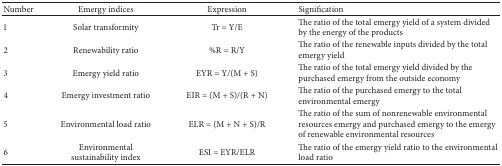
| Number | Emergy indices | Expression | Signification |
 | --- | --- | --- | --- |
 | 1 | Solar transformity | Tr = Y/E | The ratio of the total emergy yield of a system divided by the energy of the products |
 | 2 | Renewability ratio | %R = R/Y | The ratio of the renewable inputs divided by the total emergy yield |
 | 3 | Emergy yield ratio | EYR = Y/(M + S) | The ratio of the total emergy yield divided by the purchased emergy from the outside economy |
 | 4 | Emergy investment ratio | EIR = (M + S)/(R + N) | The ratio of the purchased emergy to the total environmental emergy |
 | 5 | Environmental load ratio | ELR = (M + N + S)/R | The ratio of the sum of nonrenewable environmental resources emergy and purchased emergy to the emergy of renewable environmental resources |
 | 6 | Environmental sustainability index | ESI = EYR/ELR | The ratio of the emergy yield ratio to the environmental load ratio |